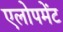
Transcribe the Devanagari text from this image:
एलोपमेंट